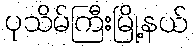
ပုသိမ်ကြီးမြို့နယ်